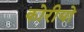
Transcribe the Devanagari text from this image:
कोरीयो